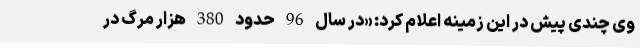
وی چندی پیش در این زمینه اعلام کرد: «در سال 96 حدود 380 هزار مرگ در